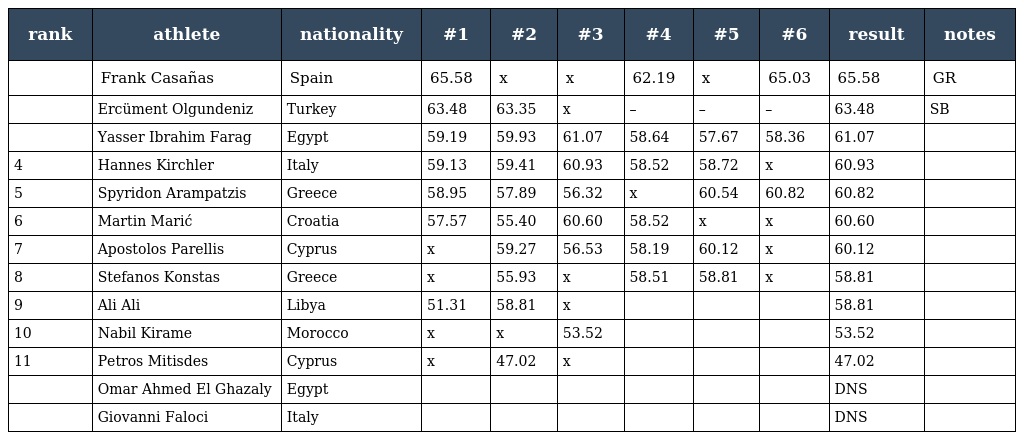
| rank | athlete | nationality | #1 | #2 | #3 | #4 | #5 | #6 | result | notes |
 | --- | --- | --- | --- | --- | --- | --- | --- | --- | --- | --- |
 |  | Frank Casañas | Spain | 65.58 | x | x | 62.19 | x | 65.03 | 65.58 | GR |
 |  | Ercüment Olgundeniz | Turkey | 63.48 | 63.35 | x | – | – | – | 63.48 | SB |
 |  | Yasser Ibrahim Farag | Egypt | 59.19 | 59.93 | 61.07 | 58.64 | 57.67 | 58.36 | 61.07 |  |
 | 4 | Hannes Kirchler | Italy | 59.13 | 59.41 | 60.93 | 58.52 | 58.72 | x | 60.93 |  |
 | 5 | Spyridon Arampatzis | Greece | 58.95 | 57.89 | 56.32 | x | 60.54 | 60.82 | 60.82 |  |
 | 6 | Martin Marić | Croatia | 57.57 | 55.40 | 60.60 | 58.52 | x | x | 60.60 |  |
 | 7 | Apostolos Parellis | Cyprus | x | 59.27 | 56.53 | 58.19 | 60.12 | x | 60.12 |  |
 | 8 | Stefanos Konstas | Greece | x | 55.93 | x | 58.51 | 58.81 | x | 58.81 |  |
 | 9 | Ali Ali | Libya | 51.31 | 58.81 | x |  |  |  | 58.81 |  |
 | 10 | Nabil Kirame | Morocco | x | x | 53.52 |  |  |  | 53.52 |  |
 | 11 | Petros Mitisdes | Cyprus | x | 47.02 | x |  |  |  | 47.02 |  |
 |  | Omar Ahmed El Ghazaly | Egypt |  |  |  |  |  |  | DNS |  |
 |  | Giovanni Faloci | Italy |  |  |  |  |  |  | DNS |  |